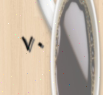
٧٠